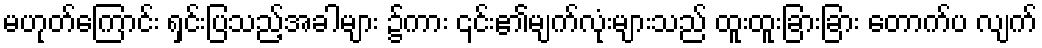
မဟုတ်ကြောင်း ရှင်းပြသည့်အခါများ ၌ကား ၎င်း၏မျက်လုံးများသည် ထူးထူးခြားခြား တောက်ပ လျက်